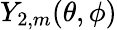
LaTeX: Y_{2,m}(\theta,\phi)